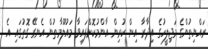
ރައްޔިތުންގެ މަޖިލީހުގެ އިދާރާ އިން ކުރިން އާންމުކޮށްފައިވާ މައުލޫމާތުން އެނގޭ ގޮތުގައި އެ